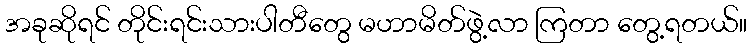
အခုဆိုရင် တိုင်းရင်းသားပါတီတွေ မဟာမိတ်ဖွဲ့လာ ကြတာ တွေ့ရတယ်။